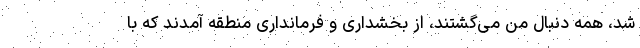
شد، همه دنبال من می‌گشتند، از بخشداری و فرمانداری منطقه آمدند که با